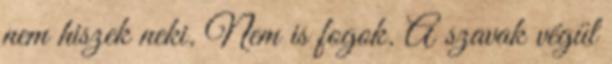
nem hiszek neki. Nem is fogok. A szavak végül